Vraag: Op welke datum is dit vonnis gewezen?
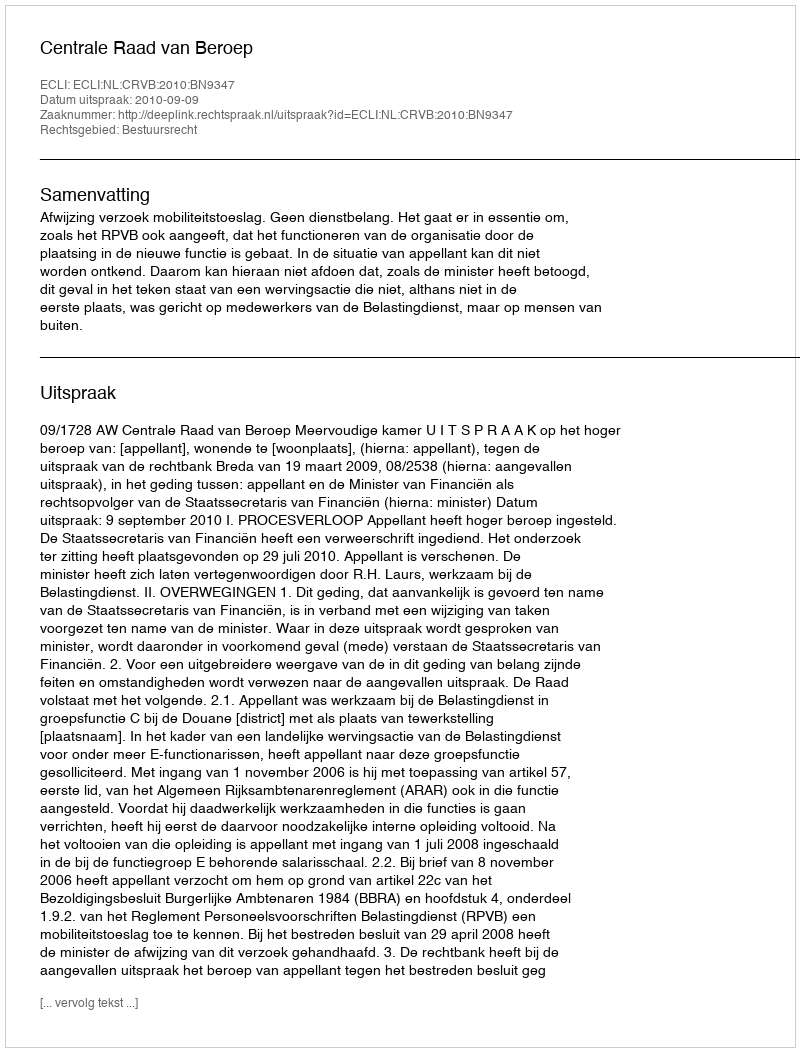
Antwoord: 2010-09-09